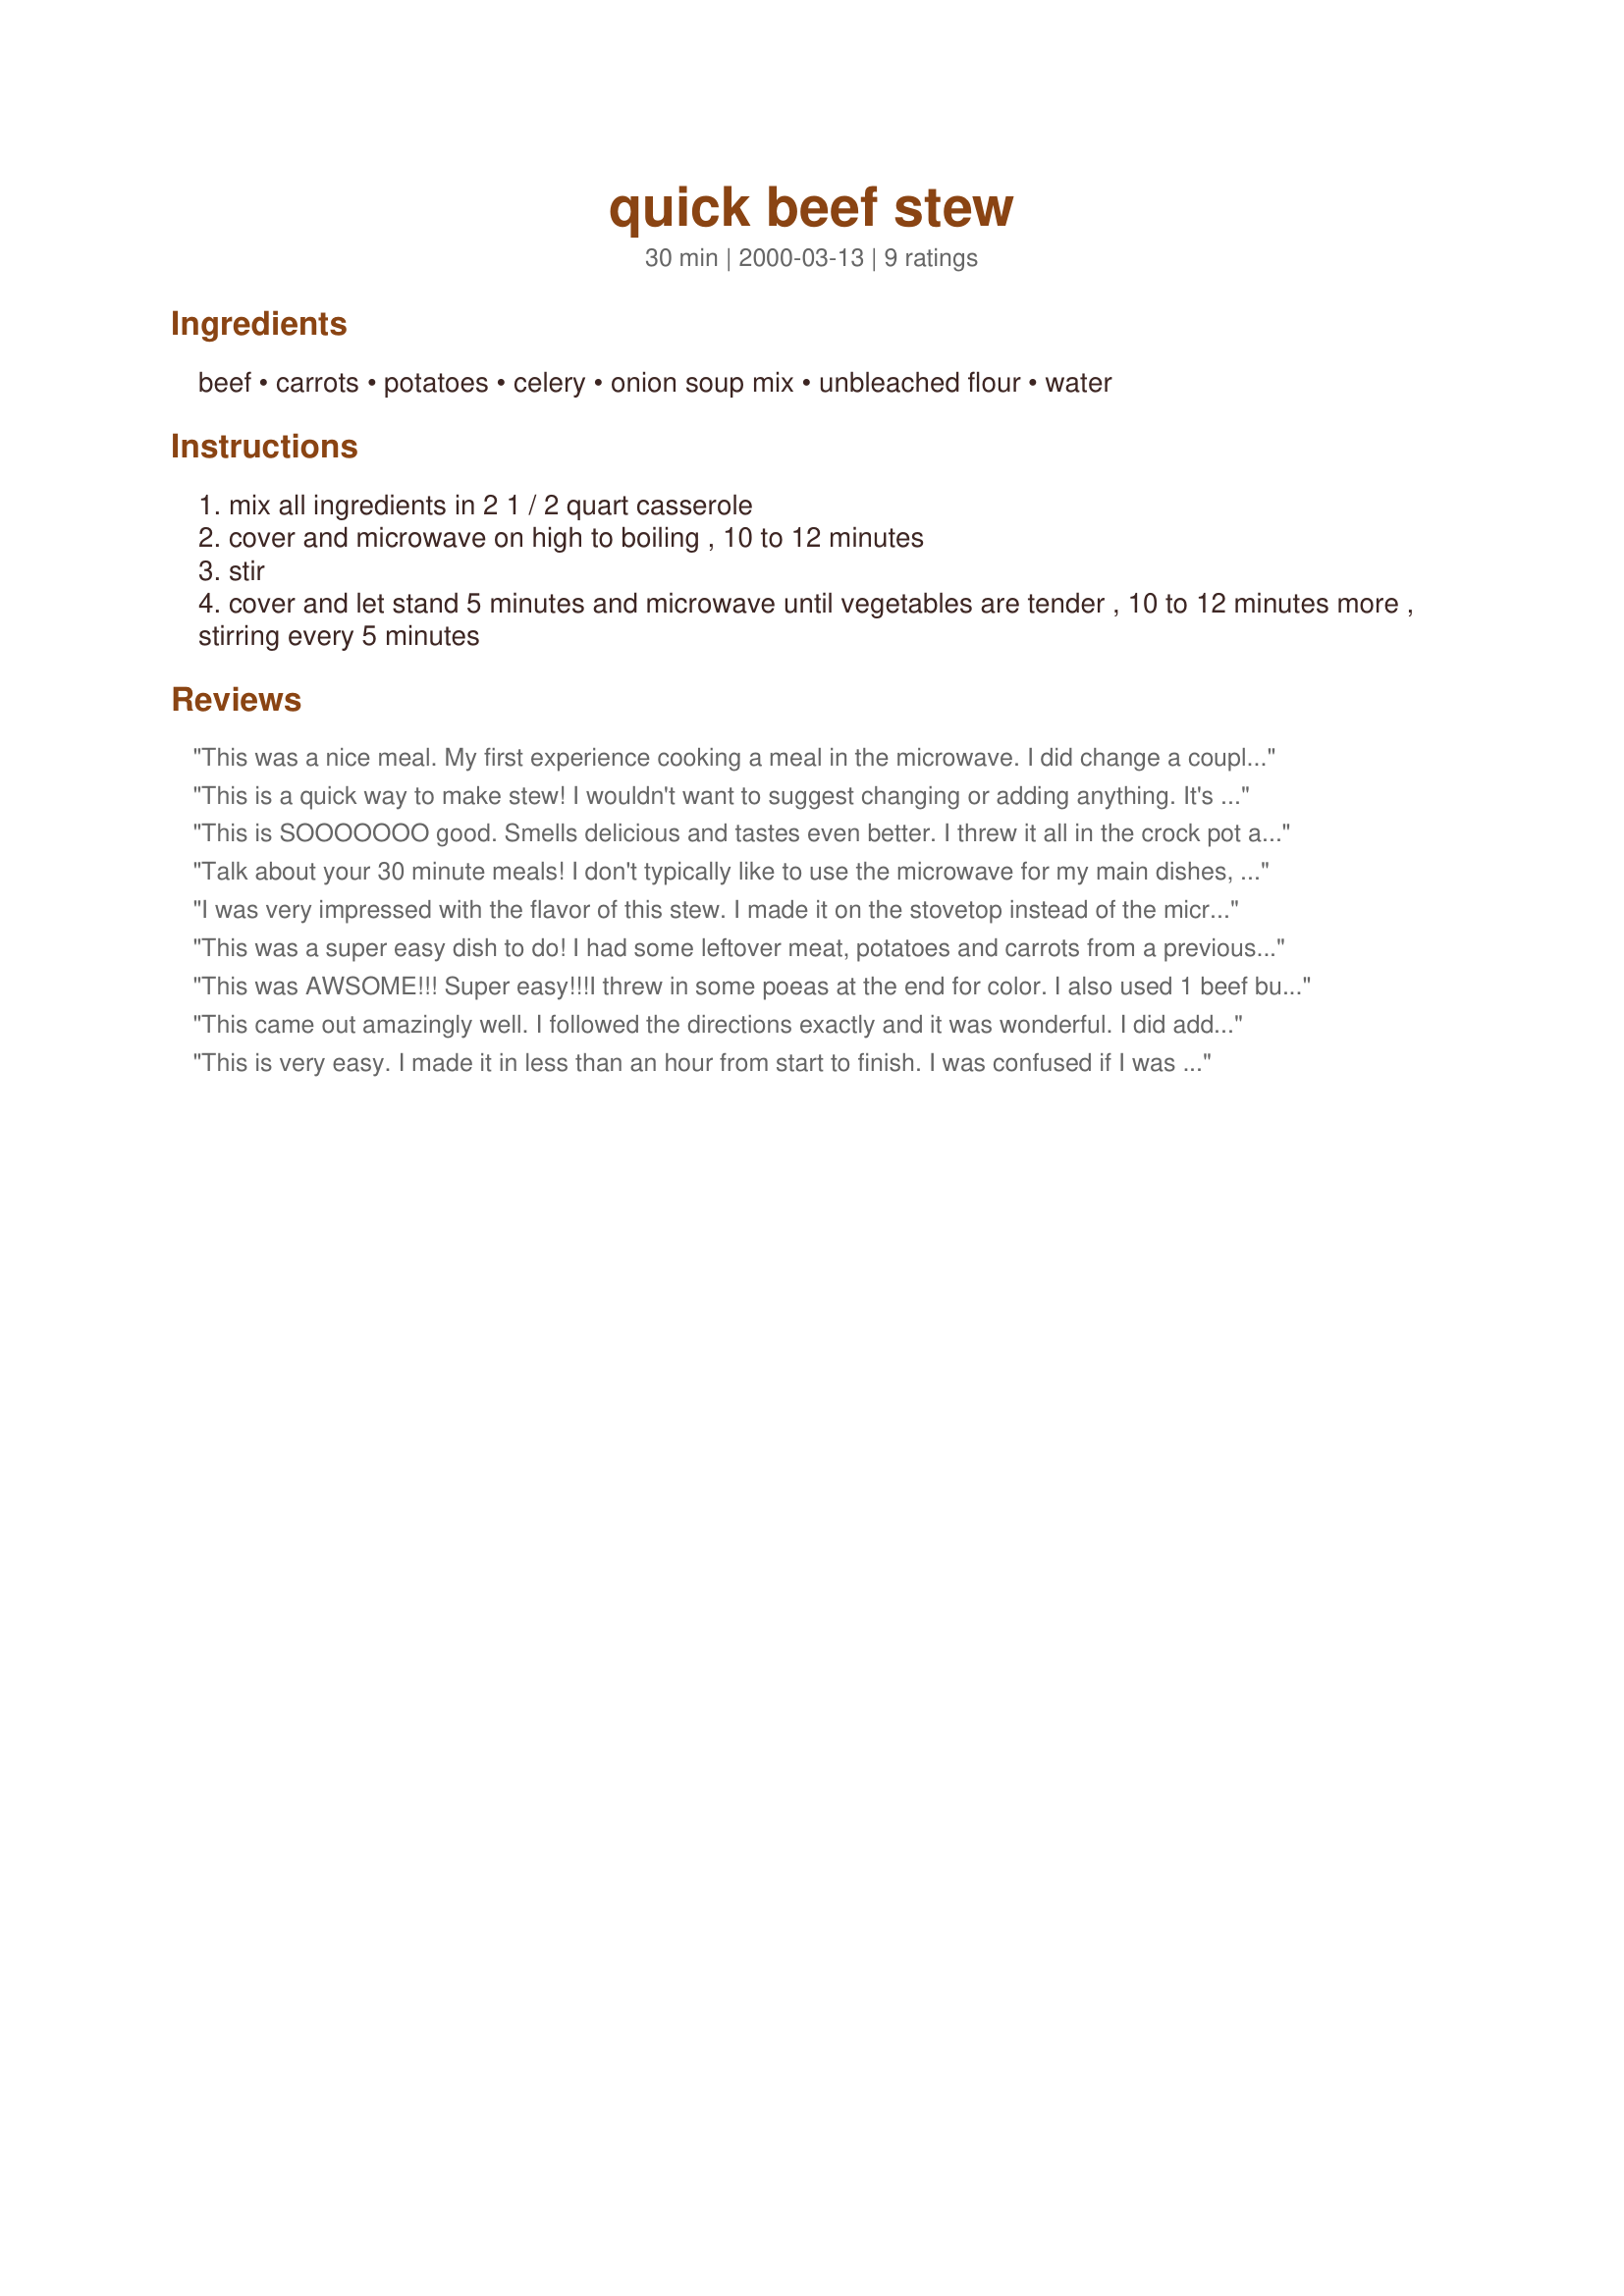
quick beef stew
Preparation time: 30 minutes

Ingredients:
beef, carrots, potatoes, celery, onion soup mix, unbleached flour, water

Steps:
mix all ingredients in 2 1 / 2 quart casserole
cover and microwave on high to boiling , 10 to 12 minutes
stir
cover and let stand 5 minutes and microwave until vegetables are tender , 10 to 12 minutes more , stirring every 5 minutes

Reviews:
This was a nice meal. My first experience cooking a meal in the microwave. I did change a couple things: I used a pkg of beef gravy mix and 2 tsp. of dried onion flakes, and beef stock instead of water. Between prep & cook time this took 42 min. I think next time i'll prep. my veg. the night before.
This is a quick way to make stew! I wouldn't want to suggest changing or adding anything. It's what I look for when looking for a recipe: Quick & Good!
This is SOOOOOOO good. Smells delicious and tastes even better. I threw it all in the crock pot and let it simmer on low all day. I did pan fry the meat(after I tossed it in flour)first and then just threw it all in along with the juice from frying and it was absolutely scrumptious.
Thanks for the awesome, quick and easy recipe.
Talk about your 30 minute meals! I don't typically like to use the microwave for my main dishes, but I was VERY happy with how this turned out. I didn't have any beef already cooked, so I took an uncooked chuck steak, cut it into cubes, salt and peppered it and pan fried it. The only thing I'll add next time is some onion. Thanks for the recipe!
I was very impressed with the flavor of this stew. I made it on the stovetop instead of the microwave. It was cooked tender in about 45 minutes. Thanks for a great stew!
This was a super easy dish to do! I had some leftover meat, potatoes and carrots from a previous dinner which worked great with this recipe. I just didn't cook it quite as long since my vegetables were already cooked.
This was AWSOME!!!
Super easy!!!I threw in some poeas at the end for color. I also used 1 beef bullion cube dissolved in the required water on recipe. great flavor.. this one is a keeper for sure!!( I also slow cooked it on the stove top.)
This came out amazingly well. I followed the directions exactly and it was wonderful. I did add some purple onion, mushrooms and a beef cube to the water. I never thought something microwaved would be so good, but it was awesome!
This is very easy. I made it in less than an hour from start to finish. I was confused if I was supposed to use beef that was already cooked as the first item says, "beef, cut up, cooked". So I pan fried the beef prior to putting the dish together. Anyhow, it tasted great and the kids and I loved it. Thanks.
